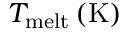
T _ { \mathrm { m e l t } } \, ( \mathrm { K } )